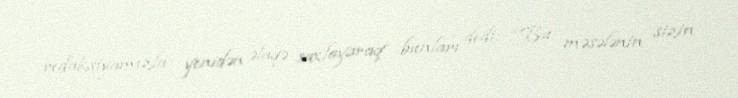
redaksiyamızla yenidən əlaqə saxlayaraq bunları dedi: “Bu məsələnin sizin